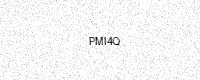
Text: PMI4Q